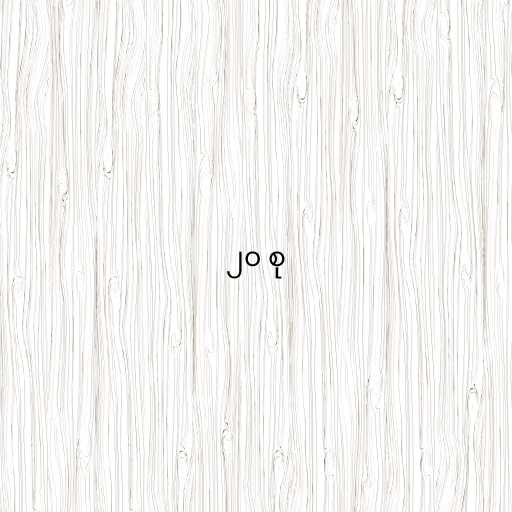
၂၀ စု